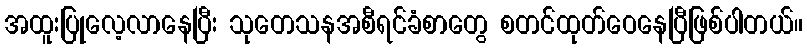
အထူးပြုလေ့လာနေပြီး သုတေသနအစီရင်ခံစာတွေ စတင်ထုတ်ဝေနေပြီဖြစ်ပါတယ်။